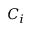
C _ { i }